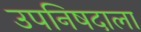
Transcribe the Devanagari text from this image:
उपनिषदाला